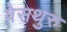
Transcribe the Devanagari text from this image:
वेसथुरु